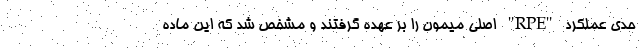
حدی عملکرد "RPE" اصلی میمون را بر عهده گرفتند و مشخص شد که این ماده